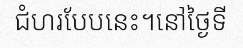
ជំហរបែបនេះ។នៅថ្ងៃទី